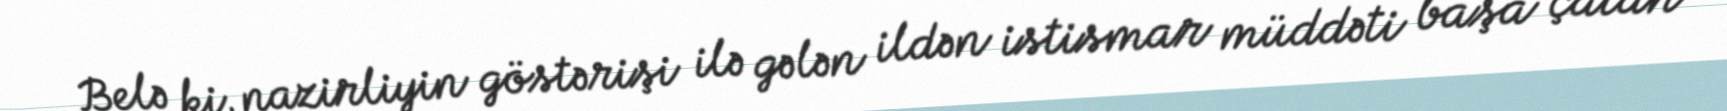
Belə ki, nazirliyin göstərişi ilə gələn ildən istismar müddəti başa çatan